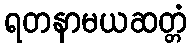
ရတနာမယဆတ္တံ